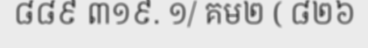
៨៨៩ ៣១៩. ១/ គម២ ( ៨២៦